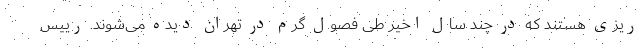
ریزی هستند که در چند سال اخیر طی فصول گرم در تهران دیده می‌شوند. رییس